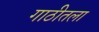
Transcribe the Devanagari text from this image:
गाठीतला